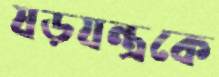
ষড়যন্ত্রকে